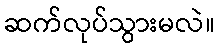
ဆက်လုပ်သွားမလဲ။